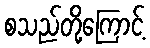
စသည်တို့ကြောင့်